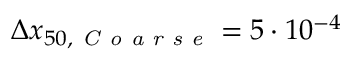
\Delta x _ { 5 0 , \textit { C o a r s e } } = 5 \cdot 1 0 ^ { - 4 }